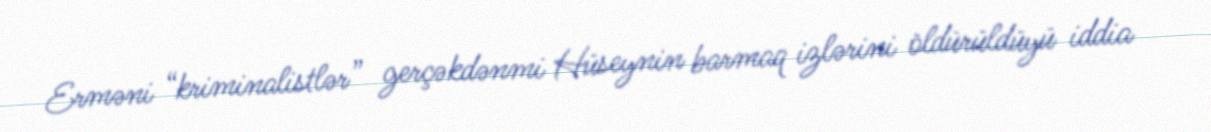
Erməni “kriminalistlər” gerçəkdənmi Hüseynin barmaq izlərini öldürüldüyü iddia